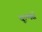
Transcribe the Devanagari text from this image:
वूल्मर्स